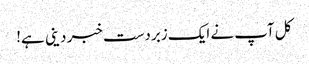
کل آپ نے ایک زبردست خبر دینی ہے!